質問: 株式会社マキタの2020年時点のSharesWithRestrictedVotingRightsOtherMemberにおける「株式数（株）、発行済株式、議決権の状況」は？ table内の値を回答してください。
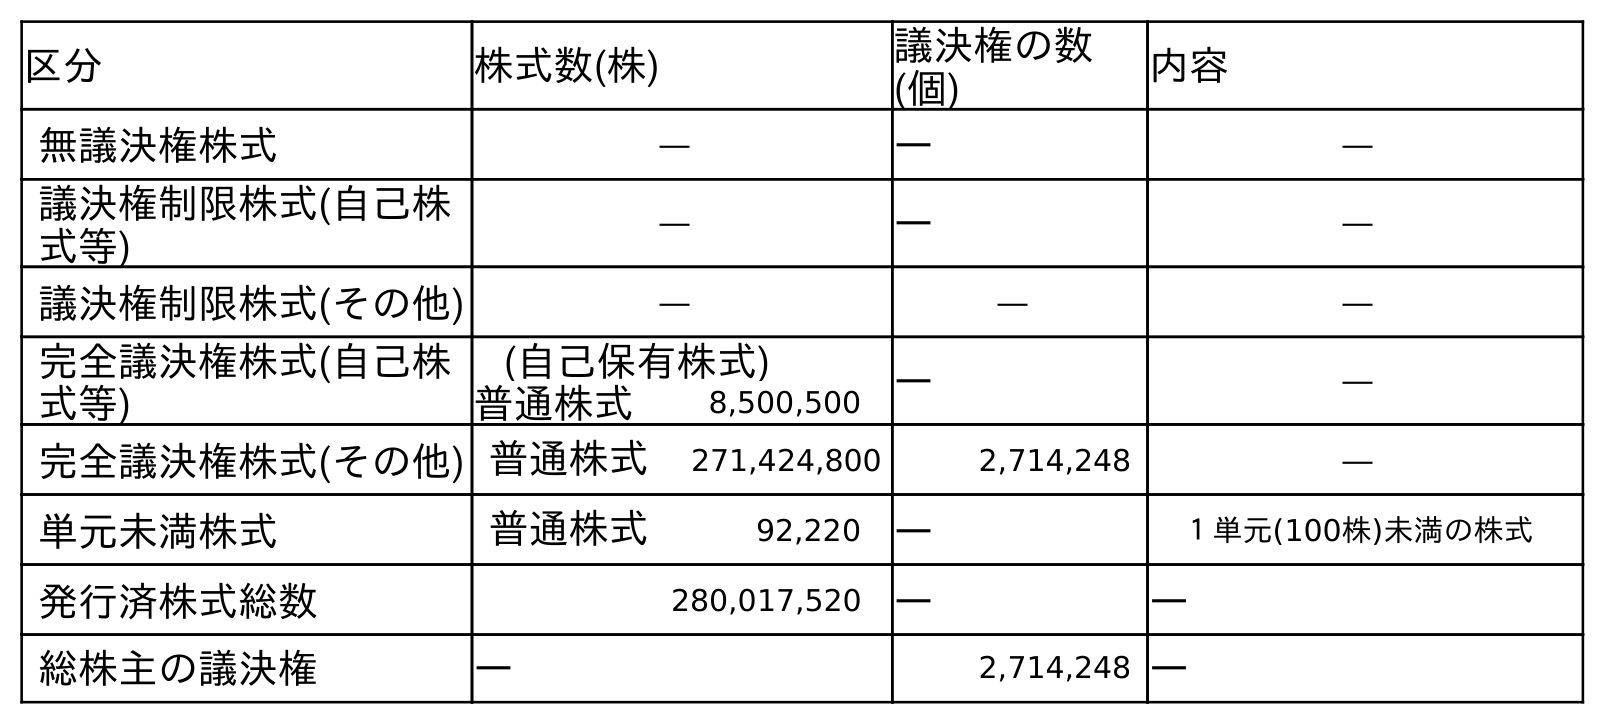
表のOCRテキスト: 区分 株式数(株) 議決権の数 (個) 内容 無議決権株式 ― ― ― 議決権制限株式(自己株 式等) ― ― ― 議決権制限株式(その他) ― ― ― 完全議決権株式(自己株 式等) (自己保有株式) ― ― 普通株式 8,500,500 完全議決権株式(その他) 普通株式 271,424,800 2,714,248 ― 単元未満株式 普通株式 92,220 ― １単元(100株)未満の株式 発行済株式総数 280,017,520 ― ― 総株主の議決権 ― 2,714,248 ―
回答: ―